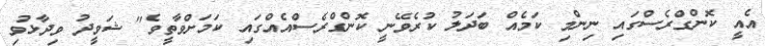
އެއީ ކޮންގްރެސްގައި ނިންމި ކަމެއް ބަދަލު ކުރެވޭނީ ކޮންގްރެސްއެއްގައި ކަމަށްވާތީވެ" ޝަވީދު ވިދާޅުވި